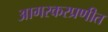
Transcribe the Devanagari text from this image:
आगरकरप्रणीत